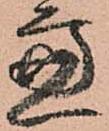
慮